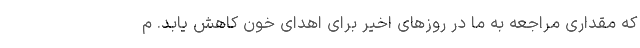
که مقداری مراجعه به ما در روزهای اخیر برای اهدای خون کاهش یابد. م